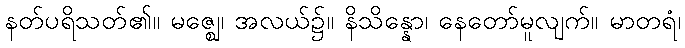
နတ်ပရိသတ်၏။ မဇ္ဈေ၊ အလယ်၌။ နိသိန္နော၊ နေတော်မူလျက်။ မာတရံ၊